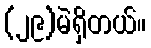
(၂၉)မဲရှိတယ်။